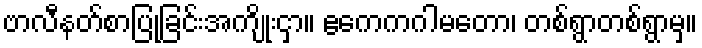
ဗာလီနတ်စာပြုခြင်းအကျိုးငှာ။ ဧကေကဂါမတော၊ တစ်ရွာတစ်ရွာမှ။